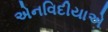
એનવિદીયાએ